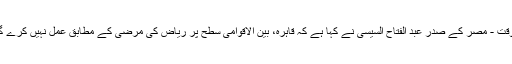
الوقت - مصر کے صدر عبد الفتاح السیسی نے کہا ہے کہ قاہرہ، بین الاقوامی سطح پر ریاض کی مرضی کے مطابق عمل نہيں کرے گا۔